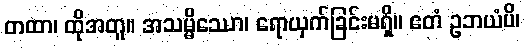
တထာ၊ ထိုအတူ။ အသမ္မိဿော၊ ရောယှက်ခြင်းမရှိ။ ဧတံ ဥဘယံပိ၊